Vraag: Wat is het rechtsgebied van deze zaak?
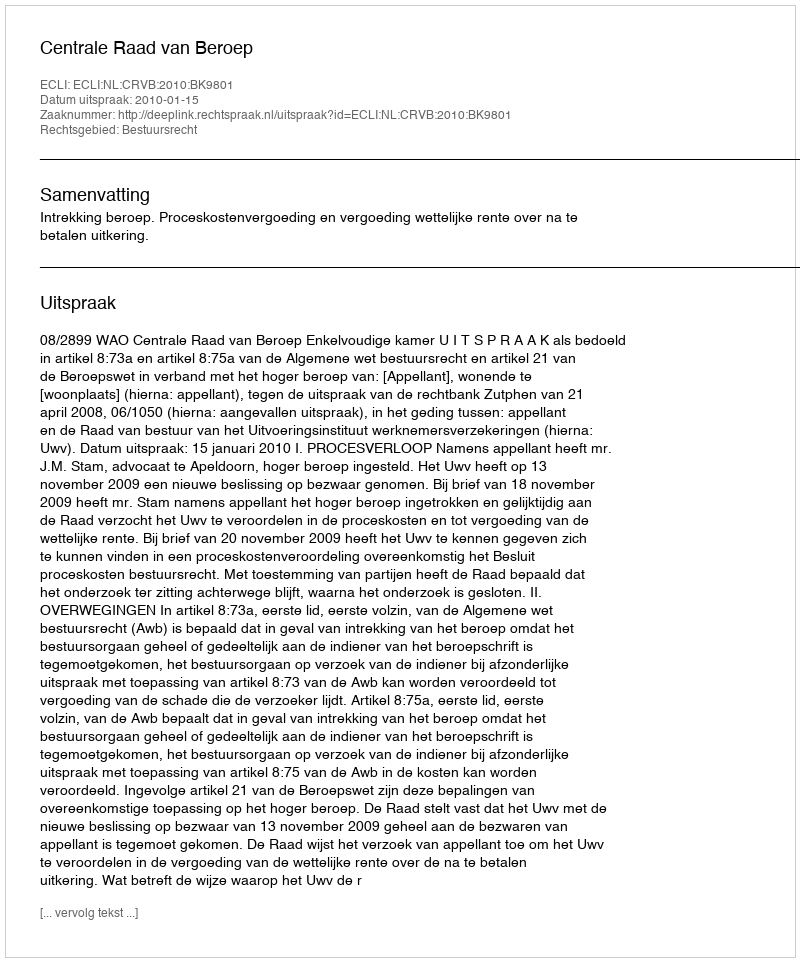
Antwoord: Bestuursrecht